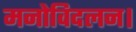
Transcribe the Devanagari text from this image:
मनोविदलन।